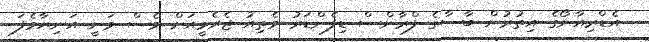
އެޑްރިއާނޯގެ އިތުރުން ބާސާގެ ފްރާންސް ޑިފެންޑަރު މެތިއު ޖެރެމީއަށް ވެސް ވަނީ އަނިޔާވެފަ